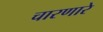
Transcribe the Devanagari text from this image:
चारणारे